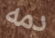
دمه